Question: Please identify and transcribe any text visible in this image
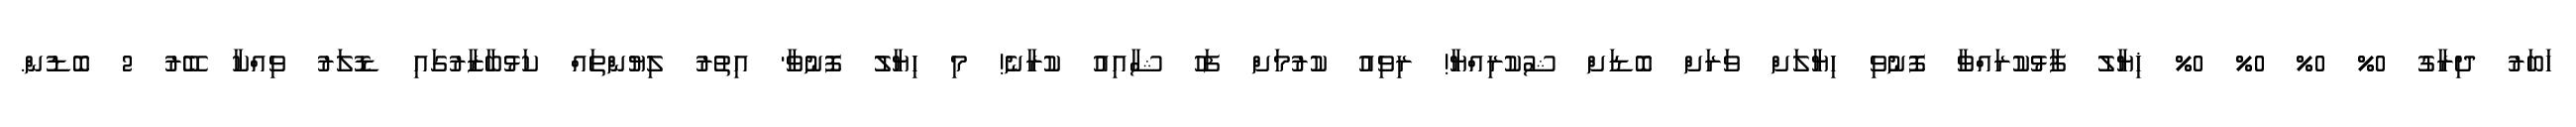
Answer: ހަބަރު ދިރާގު 0% 0% 0% 0% ޚިޔާލު ފާޅުކުރައްވާ ފޮނުވި ހިޔާލަށް ވަރަށް ބޮޑަށް ޝުކުރިއްޔާ! ރިވިއު ކުރުމަށް ފަހު ޝާއިއު ކުރާނެ! މި ހިޔާލު ފޮނުވާ' އިތުރު ލިޔުންތައް ކަޅުބާޒާރުގައި ޑޮލަރު ވިއްކާ ބޭރު 2 ބޮޑުން.